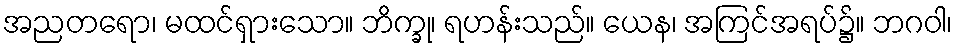
အညတရော၊ မထင်ရှားသော။ ဘိက္ခု၊ ရဟန်းသည်။ ယေန၊ အကြင်အရပ်၌။ ဘဂဝါ၊